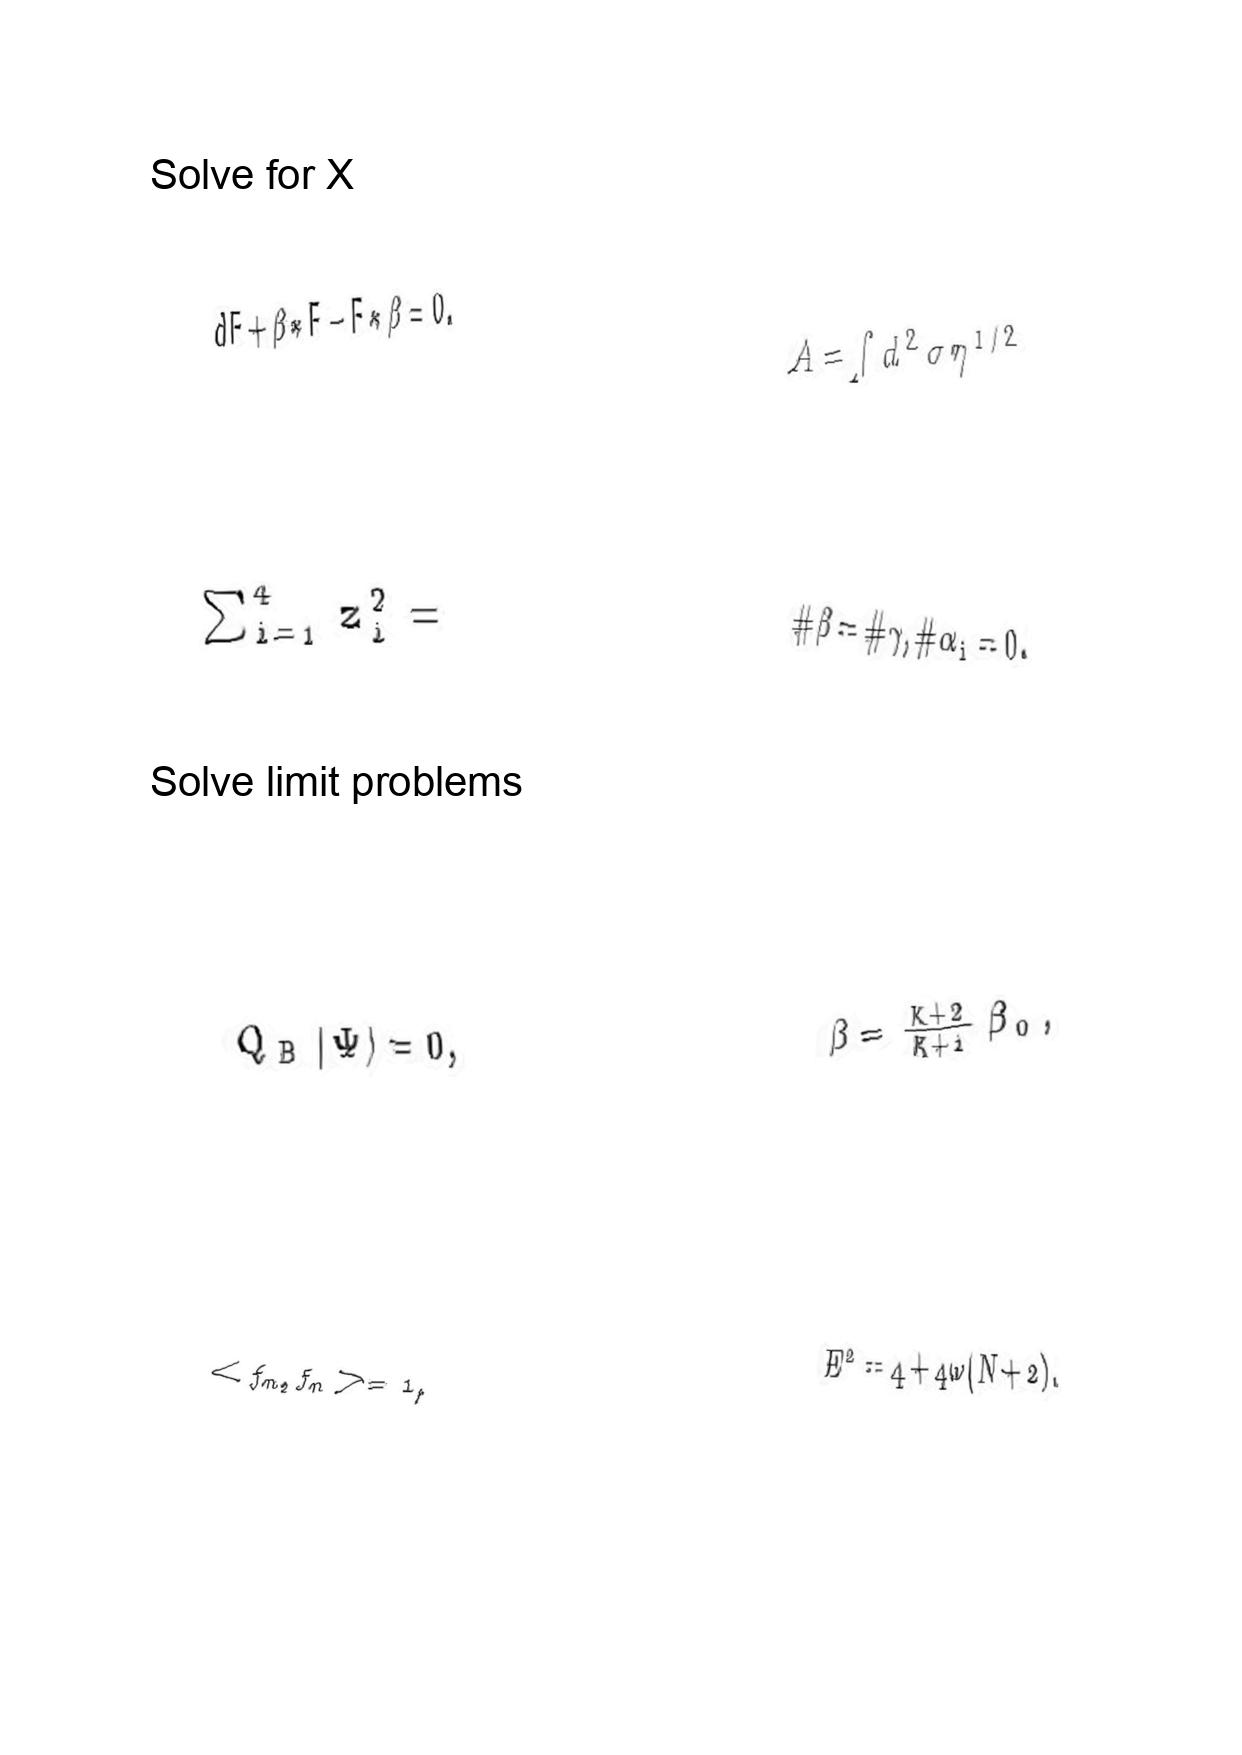
LaTeX transcription:
d F + \beta \ast F - F \ast \beta = 0 .
\sum _ { i = 1 } ^ { 4 } z _ { i } ^ { 2 } =
Q _ { \mathrm { B } } \vert \Psi \rangle = 0 ,
\lt f _ { n } , f _ { n } \gt = 1 ,
A = \int d ^ { 2 } \sigma \eta ^ { 1 / 2 }
\# \beta = \# \gamma , \# \alpha _ { i } = 0 .
\beta = \frac { K + 2 } { K + 1 } \beta _ { 0 } ,
E ^ { 2 } = 4 + 4 \omega \lparen N + 2 \rparen .